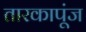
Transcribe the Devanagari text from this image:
तारकापूंज